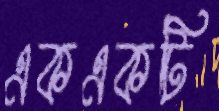
একএকটি